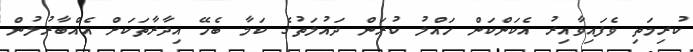
ކުރިމަތި ވެފައިވާއިރު އެކަންކަން ހައްލު ކުރަން ދައުލަތުގެ ކަމާ ބެހޭ އިދާރާތަކަށް އެއްބާރުލުން